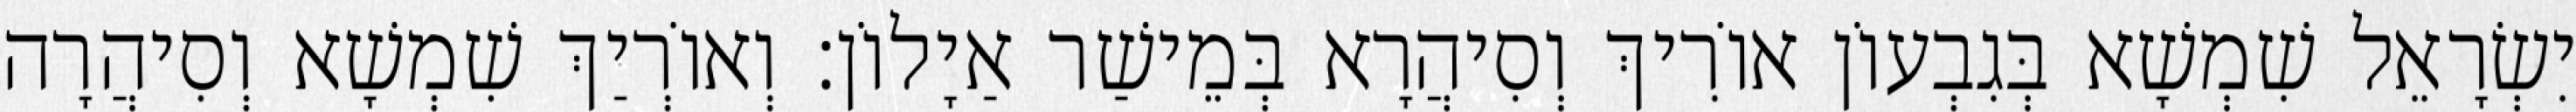
יִשְׂרָאֵל שִׁמְשָׁא בְּגִבְעוֹן אוֹרִיךְ וְסִיהֲרָא בְּמֵישַׁר אַיָלוֹן׃ וְאוֹרְיַךְ שִׁמְשָׁא וְסִיהֲרָה